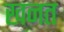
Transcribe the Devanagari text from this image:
खनत